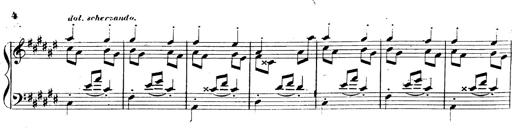
Title: 3 Caprices-Valses
Composer: Franz Liszt